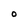
Character: O